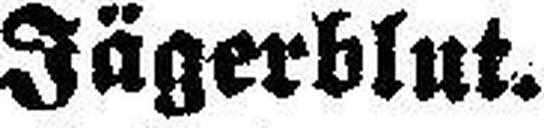
Jägerblut.